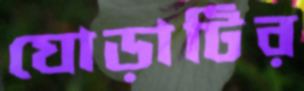
ঘোড়াটির